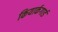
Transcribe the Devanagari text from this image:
कियार्कगार्ड